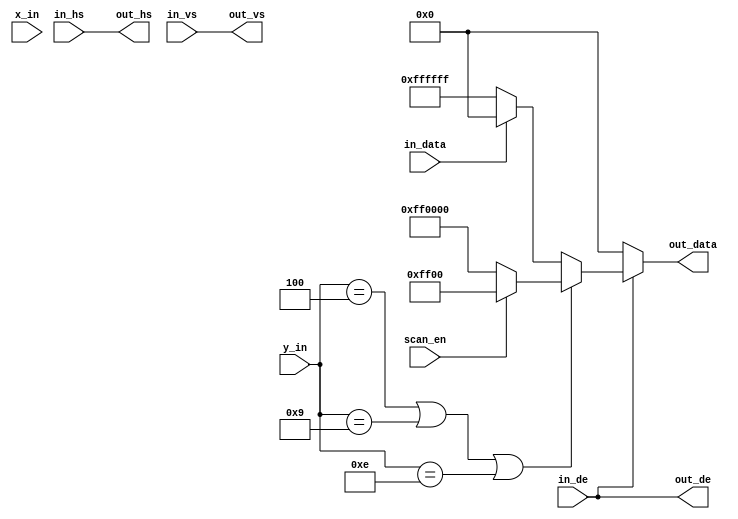
module display  (
	input 		[ 9:0]  x_in,y_in,

	input 				scan_en,
	input				in_hs,
	input				in_vs,
	input				in_de,
	input 				in_data,

	output reg 			out_hs,
	output reg 			out_vs,
	output reg 			out_de,
	output  reg 	[23:0]	out_data
);

parameter BAR_LOC_Y1 = 10'D2  + 2; // 1 + 
parameter BAR_LOC_Y2 = 10'D7  + 2; // 2 + 
parameter BAR_LOC_Y3 = 10'D12 + 2; // 3 + 

always@(*)begin 
	out_hs 	 	<= in_hs;
	out_vs 	 	<= in_vs;
	out_de 	 	<= in_de;

	if (in_de) 
		if(y_in == BAR_LOC_Y1 || y_in == BAR_LOC_Y2 || y_in == BAR_LOC_Y3)
			out_data <= scan_en? 24'h00ff00:24'hff0000;
		else
			out_data <= in_data? 24'h000000 :24'hffffff;
	else
		out_data <= 24'h000000;
end

endmodule